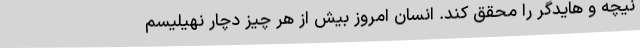
نیچه و هایدگر را محقق کند. انسان امروز بیش از هر چیز دچار نهیلیسم